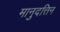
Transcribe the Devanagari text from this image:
मानुदत्तिन